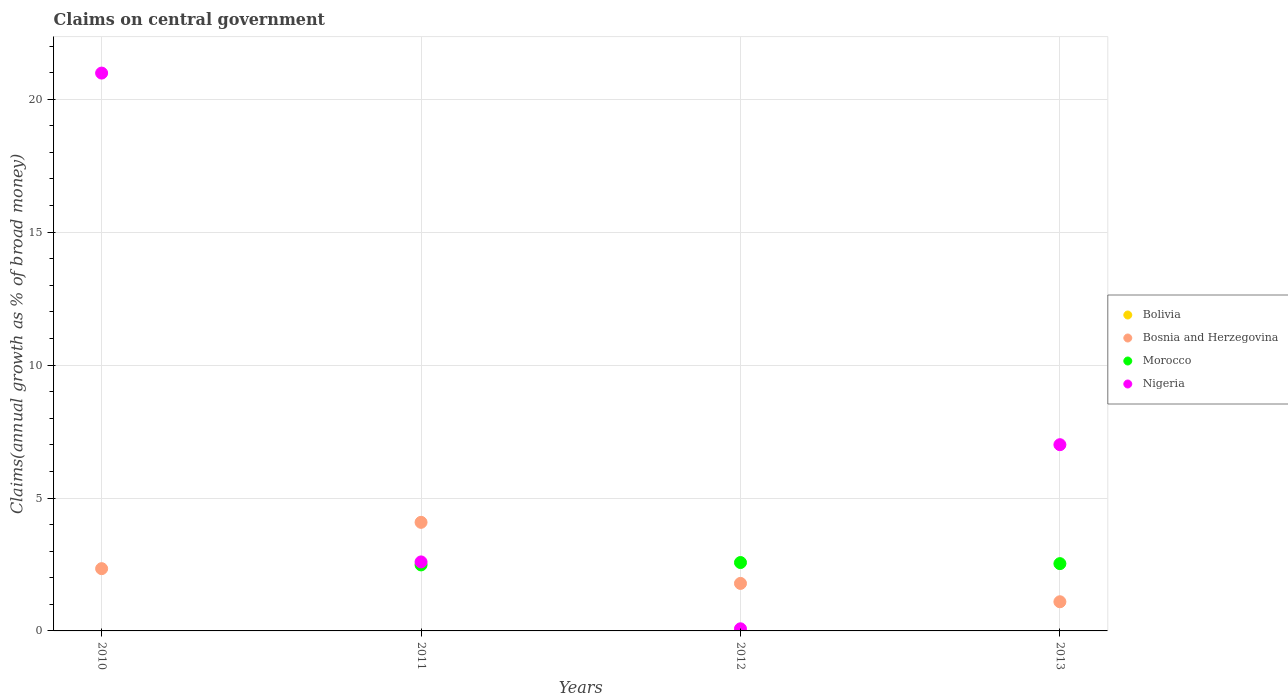
| Years | Bolivia | Bosnia and Herzegovina | Morocco | Nigeria |
 | --- | --- | --- | --- | --- |
 | 2010 | -6.48 | 2.34 | -0.837 | 21 |
 | 2011 | -4.67 | 4.08 | 2.48 | 2.6 |
 | 2012 | -5.79 | 1.79 | 2.57 | 0.0796 |
 | 2013 | -2.73 | 1.1 | 2.53 | 7.01 |